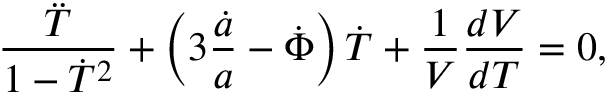
\frac { \ddot { T } } { 1 - \dot { T } ^ { 2 } } + \left( 3 \frac { \dot { a } } { a } - \dot { \Phi } \right) \dot { T } + \frac { 1 } { V } \frac { d V } { d T } = 0 ,